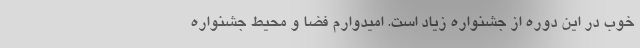
خوب در این دوره از جشنواره زیاد است. امیدوارم فضا و محیط جشنواره